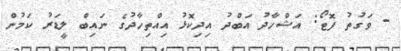
- ވަގުތު ފޮޓޯ: އަޝްހާދު އަބްދު އިދިކޮޅު އިއްތިހާދުގެ ނައިބް ލީޑަރު ކަމުން